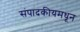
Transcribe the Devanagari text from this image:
संपादकीयमधून